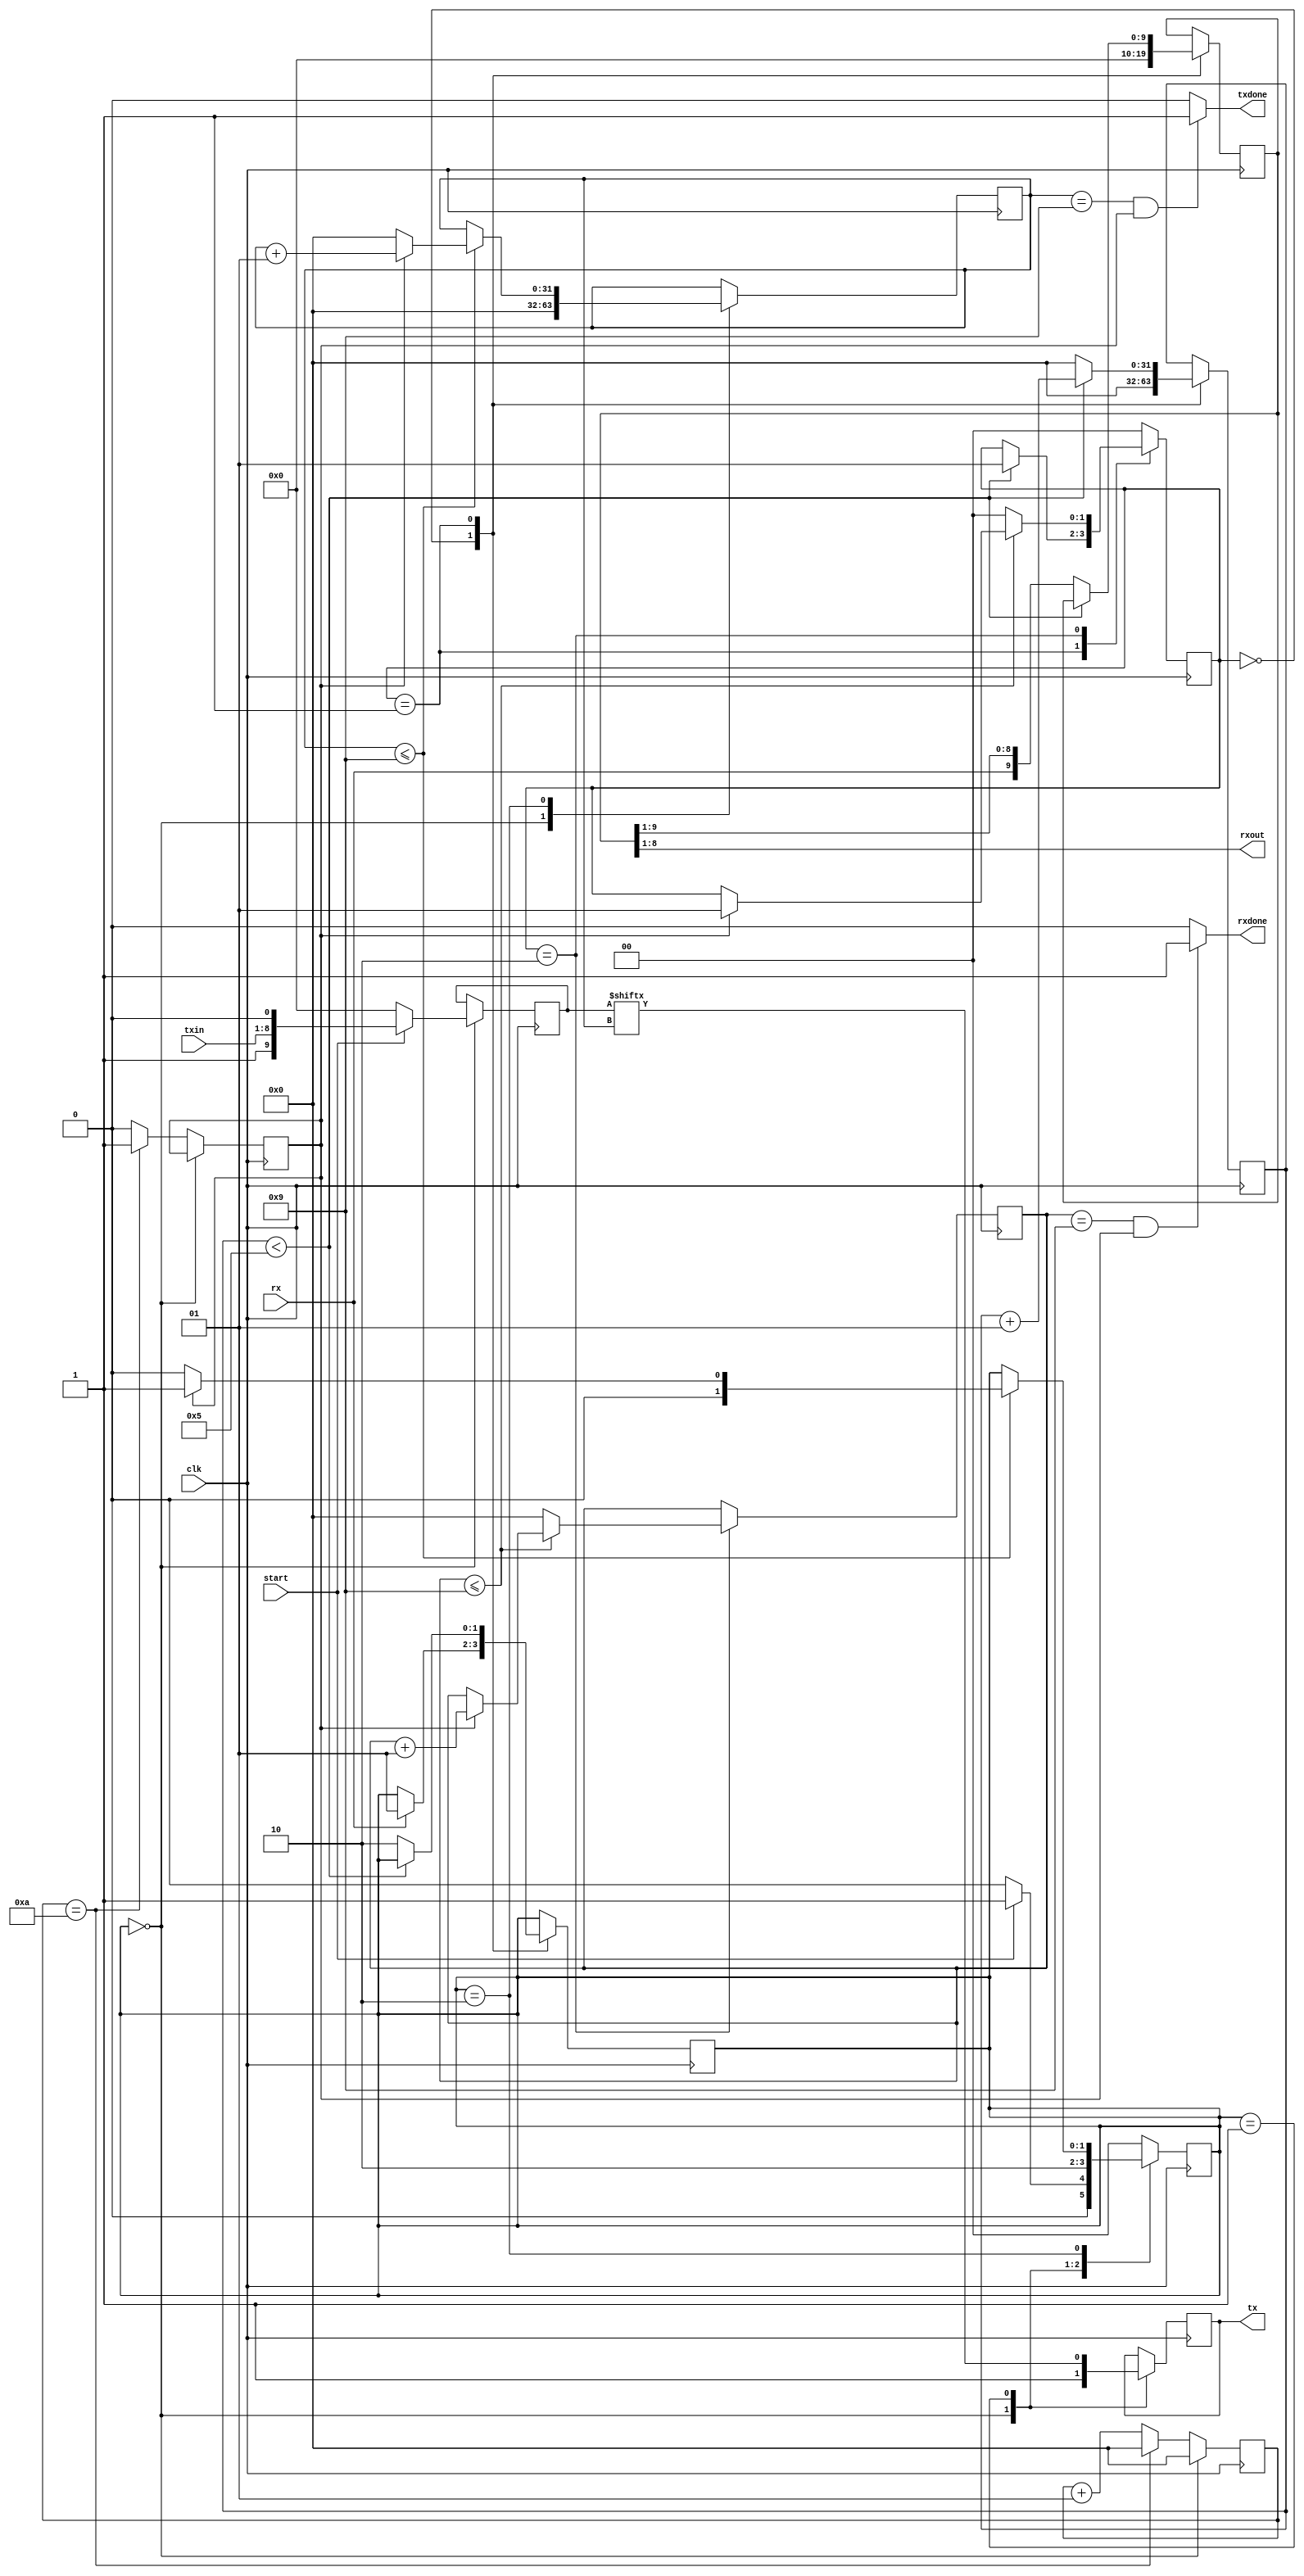
`timescale 1ns / 1ps

module UART_protocol(
input clk,
input start,
input [7:0] txin,
output reg tx,
input rx,
output [7:0] rxout,
output  rxdone,
output  txdone
    );
    parameter clk_value = 100_000;
    parameter baud = 9600;
    parameter wait_count = clk_value / baud;
    integer count = 0;
    reg bitdone = 0;
    parameter idle = 0,send = 1, check = 2;
    reg [1:0] state = idle;
    always@(posedge clk) begin
    if(state == idle)
    begin
    count <= 0;
    end
    else begin
    if(count == wait_count)
     begin
    bitdone <=1'b1;
    count <= 0;
    end
    else 
    begin
    count <= count + 1;
    bitdone <= 1'b0;
    end
    end
    end
    reg [9:0] txdata;//stop and statr data include
    integer bitindex = 0;
    reg [9:0] shifttx = 0;
    always@(posedge clk)
    begin
    case(state)
    idle: 
        begin
    tx    <= 1'b1;
    txdata   <= 0;
    bitindex <= 0;
    shifttx  <= 0;
    if(start == 1'b1)
    begin
    txdata <= {1'b1,txin,1'b0};//{start,data,stop}
    state  <= send;
        end
        else begin
        state <= idle;
        end
    end
    send: begin
    tx <= txdata[bitindex];
    state <= check;
    shifttx <= {txdata[bitindex],shifttx[9:1]};
    end
     check:
     begin
     if (bitindex <= 9)//0-9=10
        begin
     if (bitdone == 1'b1)
     begin
     state <= send;
     bitindex <= bitindex + 1;
     end
     else   begin
     state <= idle ;
     bitindex <= 0;
            end
     end
     end
     default: state <= idle;
     endcase
     end
     assign txdone = (bitindex == 9 && bitdone == 1'b1) ? 1'b1 : 1'b0;
     ///RXlogic
     integer rcount = 0;
     integer rindex = 0;
     parameter ridle = 0, rwait = 1, recv = 2, rcheck = 3;
     reg [1:0] rstate;
     reg [9:0] rxdata;
     always@(posedge clk)
      begin
     case(rstate) 
     idle: begin
     rxdata <= 0;
     rstate <= 0;
     rcount <= 0;
     if(rx == 1'b1)
     begin
     state <= rwait;
     end
     else begin
     rstate <= ridle;
     end
     end
     rwait: 
     begin
     if (rcount < wait_count / 2)
     begin
     rcount <= rcount + 1;
     rstate <= rwait;
     end
     else begin
     rcount <= 0;
     state  <= recv;
     rxdata <= {rx,rxdata[9:1]};
     end
     end
     recv : 
     begin
     if (rindex <= 9)
     begin
     if(bitdone == 1'b1)
     begin
     rindex <= rindex + 1;
     rstate <= rwait;
     end
     end
     else begin
     rstate <= ridle;
     rindex <= 0;
     end
     end
     default : 
     rstate <= ridle;
     endcase
     end
     assign rxout = rxdata [8:1]; 
     assign rxdone = (rindex == 9 && bitdone == 1'b1)? 1'b1 : 1'b0;
endmodule